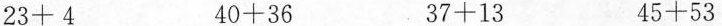
$$2 3 + 4$$ $$4 0 + 3 6$$ $$3 7 +1 3$$ $$4 5 + 5 3$$